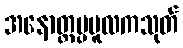
အနောတ္တပ္ပမူလကသုတ်